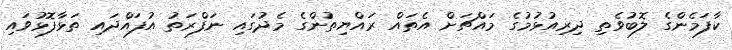
ކާފަމެންގެ ލޮބުވެތި ދިރިއުޅުމުގެ މައްޗަށް އެތައް ރައްޔިތުންގެ މެދުގައި ނަފްރަތު އުފައްދައި ތަޅާފޮޅުވައި